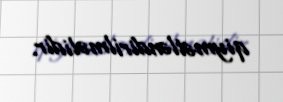
qiymətləndirilməlidir.